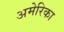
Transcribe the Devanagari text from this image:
अमेेेेरिका